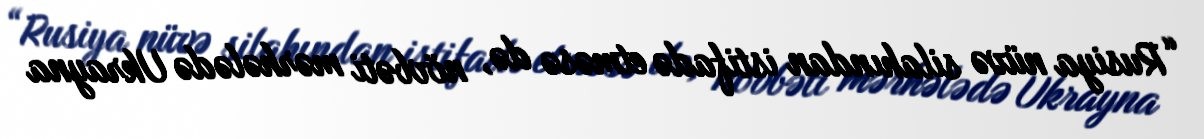
“Rusiya nüvə silahından istifadə etməsə də, növbəti mərhələdə Ukrayna